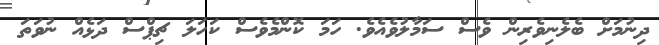
ދިނުމަށް ބެލެނިވެރިން ވެސް ސަމާލުވެއެވެ. ހަމަ ކޮންމެވެސް ކަހަލަ ޗިޕްސް ދަޅެއް ނުވަތަ